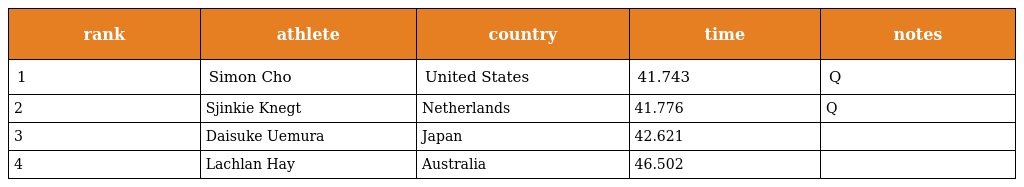
| rank | athlete | country | time | notes |
 | --- | --- | --- | --- | --- |
 | 1 | Simon Cho | United States | 41.743 | Q |
 | 2 | Sjinkie Knegt | Netherlands | 41.776 | Q |
 | 3 | Daisuke Uemura | Japan | 42.621 |  |
 | 4 | Lachlan Hay | Australia | 46.502 |  |